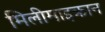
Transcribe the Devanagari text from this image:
मिलीमाइक्रान